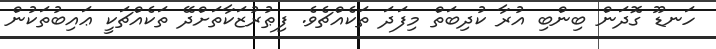
ހަނޑޫ ގޮދަން ބިންބި އުރާ ކުދިބަތް މިފަދަ ތަކެއްޗެވެ. ފިޠުރުޒަކާތަށްދޭ ތަކެއްޗަކީ ޢައިބުތަކުން